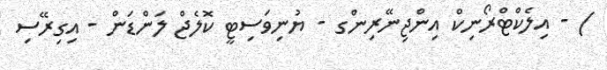
) - އިލެކްޓްރޯނިކް އިންޖިނޭރިންގ - ޔުނިވަސިޓީ ކޮލެޖް ލަންޑަން - އިގިރޭސި